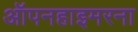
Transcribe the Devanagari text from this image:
ऑपनहाइमरना